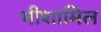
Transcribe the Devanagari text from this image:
भीशामिल